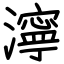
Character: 濘